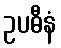
ဥပဓီနံ